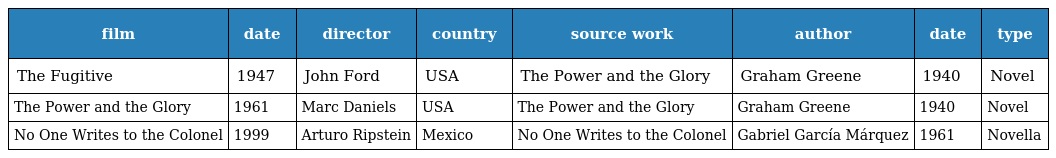
| film | date | director | country | source work | author | date | type |
 | --- | --- | --- | --- | --- | --- | --- | --- |
 | The Fugitive | 1947 | John Ford | USA | The Power and the Glory | Graham Greene | 1940 | Novel |
 | The Power and the Glory | 1961 | Marc Daniels | USA | The Power and the Glory | Graham Greene | 1940 | Novel |
 | No One Writes to the Colonel | 1999 | Arturo Ripstein | Mexico | No One Writes to the Colonel | Gabriel García Márquez | 1961 | Novella |